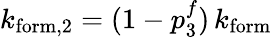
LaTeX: k_{\mathrm{form},2}=(1-p_{3}^{f})\, k_{\mathrm{form}}